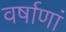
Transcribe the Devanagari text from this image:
वर्षाणां